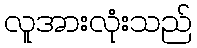
လူအားလုံးသည်